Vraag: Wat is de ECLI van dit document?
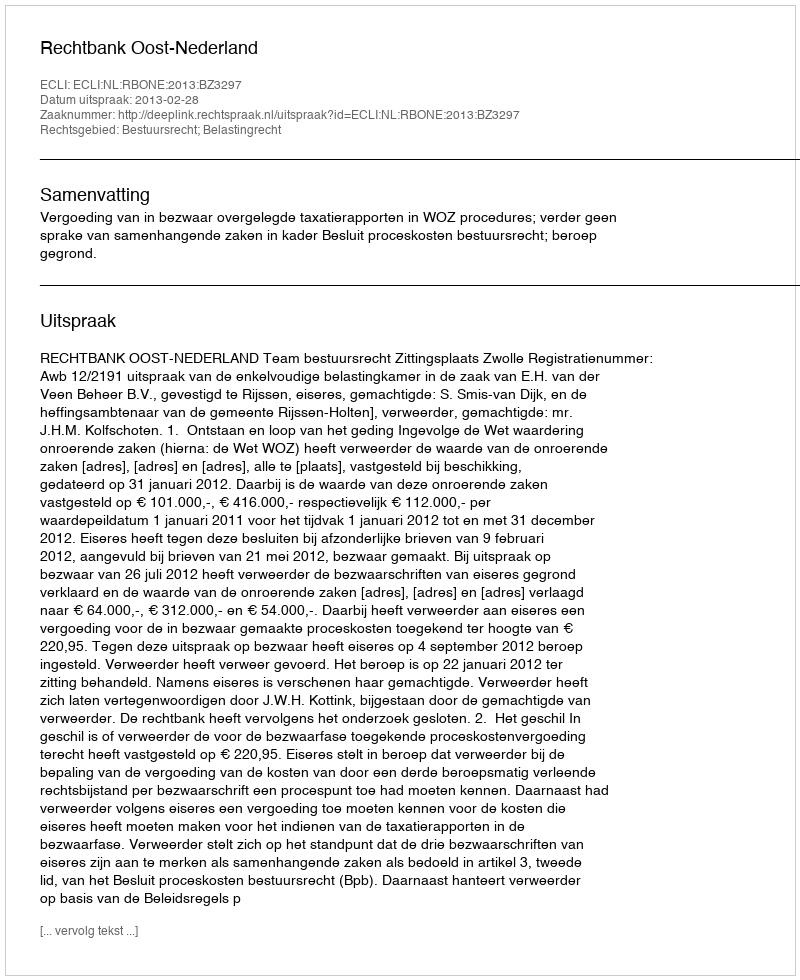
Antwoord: ECLI:NL:RBONE:2013:BZ3297